Punjab Mental Hospital Lahore 1932-46 - 1932-1946
Year: 1932
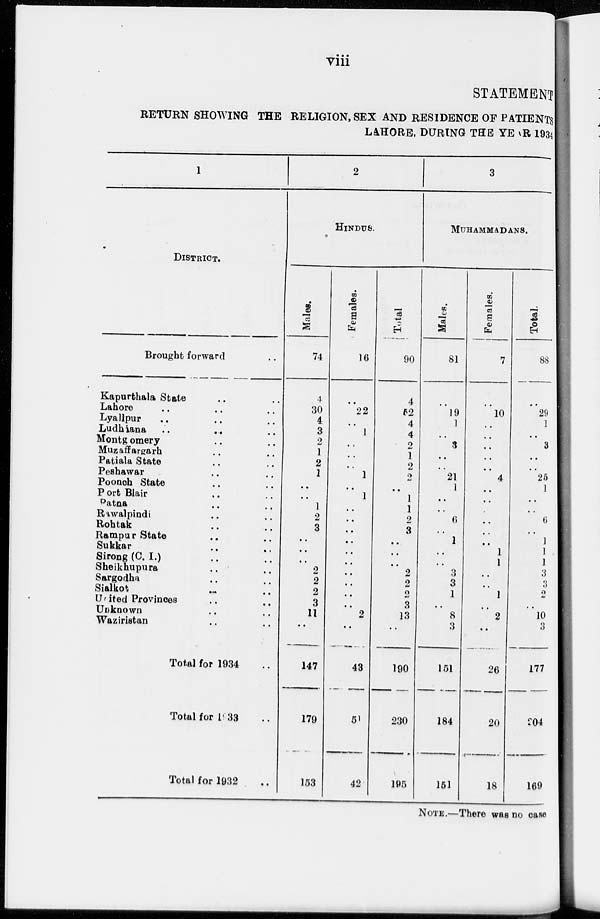
viii
STATEMENT
RETURN SHOWING THE RELIGION, SEX AND RESIDENCE OF PATIENTS
LAHORE, DURING THE YEAR 1934
1
DISTRICT.
Brought forward ..
Kapurthala State .. ..
Lahore .. .. ..
Lyallpur .. .. ..
Ludhiana
..
..
..
Montgomery .. ..
Muzaffargarh .. ..
Patiala State .. ..
Peshawar .. ..
Poonch State .. ..
Port Blair .. ..
Patna .. ..
Rawalpindi .. ..
Rohtak .. ..
Rampur State .. ..
Sukkar .. .. ..
Sirong (C. I.) .. ..
Sheikhupura .. ..
Sargodha .. ..
Sialkot .. ..
United Provinces ..
Unknown .. ..
Waziristan .. ..
Total for 1934 ..
Total for 1933 ..
Total for 1932 ..
2
HINDUS.
Males.
74
4
30
4
3
2
1
2
1
..
..
1
2
3
..
..
..
2
2
2
3
11
..
147
179
153
Females.
16
..
22
..
1
..
..
..
1
..
1
..
..
..
..
..
..
..
..
..
..
2
..
43
51
42
Total
90
4
52
4
4
2
1
2
2
..
1
1
2
3
..
..
..
2
2
2
3
13
..
190
230
195
3
MUHAMMADANS.
Males.
81
..
19
1
..
3
..
..
21
1
..
..
6
..
1
..
..
3
3
1
..
8
3
151
184
151
Females.
7
..
10
..
..
..
..
..
4
..
..
..
..
..
..
1
1
..
..
1
..
2
..
26
20
18
Total.
88
..
29
1
..
3
..
..
25
1
..
..
6
..
1
1
1
3
3
2
..
10
3
177
204
169
NOTE.—There was no case